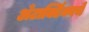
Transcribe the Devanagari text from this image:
अँटार्क्टिकाचे